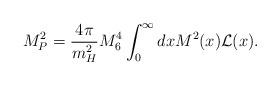
LaTeX: \begin{align*}M_{P}^2 = \frac{4 \pi}{m_{H}^2} M^4_{6} \int_{0}^{\infty} dx M^2(x) {\cal L}(x).\end{align*}